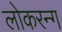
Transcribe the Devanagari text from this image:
लोकरन्ग